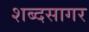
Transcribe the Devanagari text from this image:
शब्‍दसागर